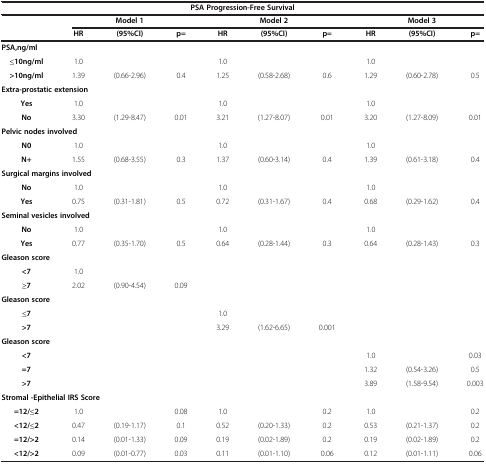
<table><thead><tr><td colspan="10"><b>PSA Progression-Free Survival</b></td></tr><tr><td><b> </b></td><td><b> </b></td><td><b>Model 1</b></td><td><b> </b></td><td><b> </b></td><td><b>Model 2</b></td><td><b> </b></td><td><b> </b></td><td><b>Model 3</b></td><td><b> </b></td></tr><tr><td><b> </b></td><td><b>HR</b></td><td><b>(95%CI)</b></td><td><b>p=</b></td><td><b>HR</b></td><td><b>(95%CI)</b></td><td><b>p=</b></td><td><b>HR</b></td><td><b>(95%CI)</b></td><td><b>p=</b></td></tr></thead><tbody><tr><td><b>PSA,ng/ml</b></td><td> </td><td> </td><td> </td><td> </td><td> </td><td> </td><td> </td><td> </td><td> </td></tr><tr><td> <b>≤10ng/ml</b></td><td>1.0</td><td> </td><td> </td><td>1.0</td><td> </td><td> </td><td>1.0</td><td> </td><td> </td></tr><tr><td> <b>&gt;10ng/ml</b></td><td>1.39</td><td>(0.66-2.96)</td><td>0.4</td><td>1.25</td><td>(0.58-2.68)</td><td>0.6</td><td>1.29</td><td>(0.60-2.78)</td><td>0.5</td></tr><tr><td colspan="10"><b>Extra-prostatic extension</b></td></tr><tr><td> <b>Yes</b></td><td>1.0</td><td> </td><td> </td><td>1.0</td><td> </td><td> </td><td>1.0</td><td> </td><td> </td></tr><tr><td> <b>No</b></td><td>3.30</td><td>(1.29-8.47)</td><td>0.01</td><td>3.21</td><td>(1.27-8.07)</td><td>0.01</td><td>3.20</td><td>(1.27-8.09)</td><td>0.01</td></tr><tr><td colspan="10"><b>Pelvic nodes involved</b></td></tr><tr><td> <b>N0</b></td><td>1.0</td><td> </td><td> </td><td>1.0</td><td> </td><td> </td><td>1.0</td><td> </td><td> </td></tr><tr><td> <b>N+</b></td><td>1.55</td><td>(0.68-3.55)</td><td>0.3</td><td>1.37</td><td>(0.60-3.14)</td><td>0.4</td><td>1.39</td><td>(0.61-3.18)</td><td>0.4</td></tr><tr><td colspan="10"><b>Surgical margins involved</b></td></tr><tr><td> <b>No</b></td><td>1.0</td><td> </td><td> </td><td>1.0</td><td> </td><td> </td><td>1.0</td><td> </td><td> </td></tr><tr><td> <b>Yes</b></td><td>0.75</td><td>(0.31-1.81)</td><td>0.5</td><td>0.72</td><td>(0.31-1.67)</td><td>0.4</td><td>0.68</td><td>(0.29-1.62)</td><td>0.4</td></tr><tr><td colspan="10"><b>Seminal vesicles involved</b></td></tr><tr><td> <b>No</b></td><td>1.0</td><td> </td><td> </td><td>1.0</td><td> </td><td> </td><td>1.0</td><td> </td><td> </td></tr><tr><td> <b>Yes</b></td><td>0.77</td><td>(0.35-1.70)</td><td>0.5</td><td>0.64</td><td>(0.28-1.44)</td><td>0.3</td><td>0.64</td><td>(0.28-1.43)</td><td>0.3</td></tr><tr><td colspan="10"><b>Gleason score</b></td></tr><tr><td> <b>&lt;7</b></td><td>1.0</td><td> </td><td> </td><td> </td><td> </td><td> </td><td> </td><td> </td><td> </td></tr><tr><td> <b>≥7</b></td><td>2.02</td><td>(0.90-4.54)</td><td>0.09</td><td> </td><td> </td><td> </td><td> </td><td> </td><td> </td></tr><tr><td colspan="10"><b>Gleason score</b></td></tr><tr><td> <b>≤7</b></td><td> </td><td> </td><td> </td><td>1.0</td><td> </td><td> </td><td> </td><td> </td><td> </td></tr><tr><td> <b>&gt;7</b></td><td> </td><td> </td><td> </td><td>3.29</td><td>(1.62-6.65)</td><td>0.001</td><td> </td><td> </td><td> </td></tr><tr><td colspan="10"><b>Gleason score</b></td></tr><tr><td> <b>&lt;7</b></td><td> </td><td> </td><td> </td><td> </td><td> </td><td> </td><td>1.0</td><td> </td><td>0.03</td></tr><tr><td> <b>=7</b></td><td> </td><td> </td><td> </td><td> </td><td> </td><td> </td><td>1.32</td><td>(0.54-3.26)</td><td>0.5</td></tr><tr><td> <b>&gt;7</b></td><td> </td><td> </td><td> </td><td> </td><td> </td><td> </td><td>3.89</td><td>(1.58-9.54)</td><td>0.003</td></tr><tr><td colspan="10"><b>Stromal -Epithelial IRS Score</b></td></tr><tr><td> <b>=12/≤2</b></td><td>1.0</td><td> </td><td>0.08</td><td>1.0</td><td> </td><td>0.2</td><td>1.0</td><td> </td><td>0.2</td></tr><tr><td> <b>&lt;12/≤2</b></td><td>0.47</td><td>(0.19-1.17)</td><td>0.1</td><td>0.52</td><td>(0.20-1.33)</td><td>0.2</td><td>0.53</td><td>(0.21-1.37)</td><td>0.2</td></tr><tr><td> <b>=12/&gt;2</b></td><td>0.14</td><td>(0.01-1.33)</td><td>0.09</td><td>0.19</td><td>(0.02-1.89)</td><td>0.2</td><td>0.19</td><td>(0.02-1.89)</td><td>0.2</td></tr><tr><td> <b>&lt;12/&gt;2</b></td><td>0.09</td><td>(0.01-0.77)</td><td>0.03</td><td>0.11</td><td>(0.01-1.10)</td><td>0.06</td><td>0.12</td><td>(0.01-1.11)</td><td>0.06</td></tr></tbody></table>